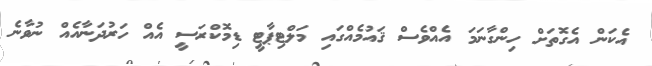
އެކަން އެގޮތަށް ހިންގާނަމަ އެއްވެސް ޤައުމެއްގައި މަލްޓިޕާޓީ ޑިމޮކްރަސީ އެއް ހަރުދަނާއެއް ނުވާނެ